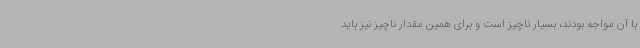
با آن مواجه بودند، بسیار ناچیز است و برای همین مقدار ناچیز نیز باید